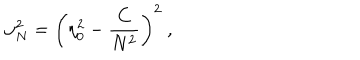
\omega _ { N } ^ { 2 } = \left( \eta _ { 0 } ^ { 2 } - \frac { C } { N ^ { 2 } } \right) ^ { 2 } \ ,